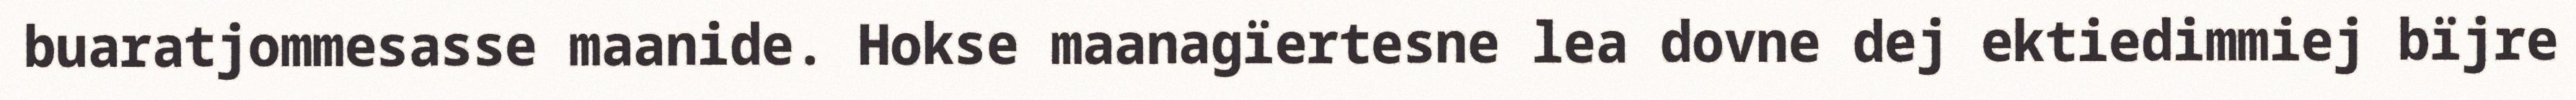
buaratjommesasse maanide. Hokse maanagïertesne lea dovne dej ektiedimmiej bïjre